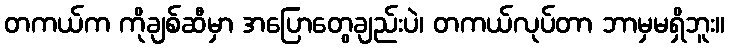
တကယ်က ကိုချစ်ဆီမှာ အပြောတွေချည်းပဲ၊ တကယ်လုပ်တာ ဘာမှမရှိဘူး။